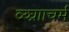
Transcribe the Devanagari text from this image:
व्य्घ्रााचर्म